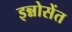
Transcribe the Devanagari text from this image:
इन्नोसेंत